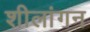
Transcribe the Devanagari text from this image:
शीलांगन